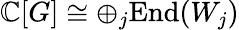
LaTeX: \mathbb{C}[G]\cong\oplus_{j}{\mathrm{End}}(W_{j})